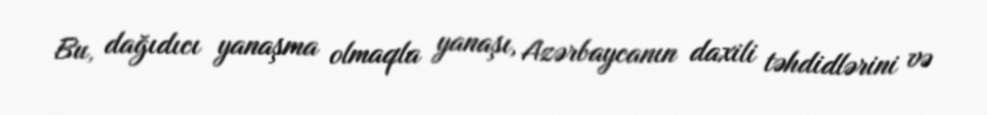
Bu, dağıdıcı yanaşma olmaqla yanaşı, Azərbaycanın daxili təhdidlərini və